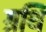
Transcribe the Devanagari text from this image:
ग्रथि